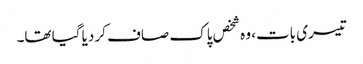
تیسری بات، وہ شخص پاک صاف کر دیا گیا تھا۔